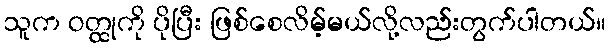
သူက ဝတ္ထုကို ပိုပြီး ဖြစ်စေလိမ့်မယ်လို့လည်းတွက်ပါတယ်။